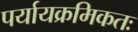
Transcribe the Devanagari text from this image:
पर्यायक्रमिकतः